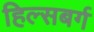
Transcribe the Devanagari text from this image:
हिल्सबर्ग